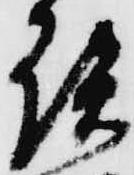
談